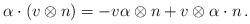
LaTeX: \begin{align*} \alpha \cdot (v \otimes n) = -v\alpha \otimes n + v \otimes \alpha \cdot n\,. \end{align*}